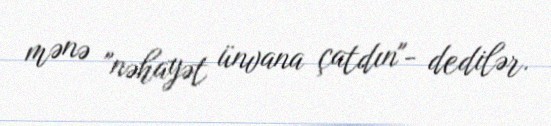
mənə "nəhayət ünvana çatdın"- dedilər.